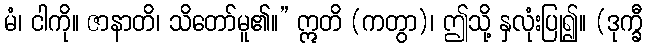
မံ၊ ငါကို။ ဇာနာတိ၊ သိတော်မူ၏။” ဣတိ (ကတွာ)၊ ဤသို့ နှလုံးပြု၍။ (ဒုက္ခီ